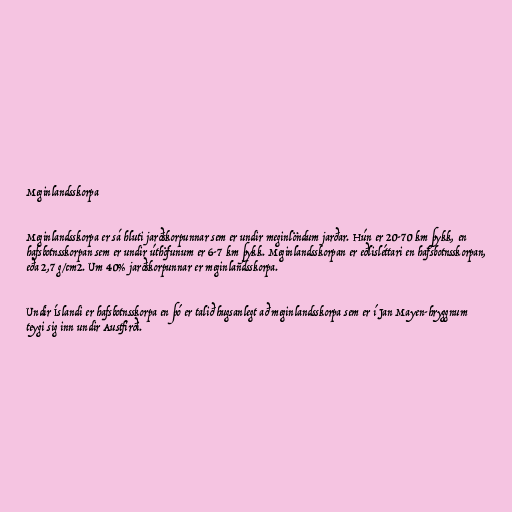
Meginlandsskorpa

Meginlandsskorpa er sá hluti jarðskorpunnar sem er undir meginlöndum jarðar. Hún er 20-70 km þykk, en
hafsbotnsskorpan sem er undir úthöfunum er 6-7 km þykk. Meginlandsskorpan er eðlisléttari en hafsbotnsskorpan,
eða 2,7 g/cm2. Um 40% jarðskorpunnar er meginlandsskorpa.

Undir Íslandi er hafsbotnsskorpa en þó er talið hugsanlegt að meginlandsskorpa sem er í Jan Mayen-hryggnum
teygi sig inn undir Austfirði.